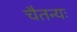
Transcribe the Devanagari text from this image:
चैतन्यः